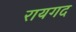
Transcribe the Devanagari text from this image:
रायगद